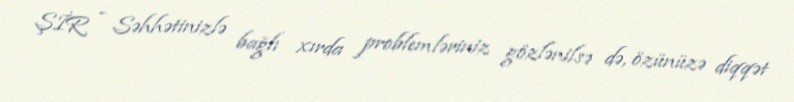
ŞİR - Səhhətinizlə bağlı xırda problemləriniz gözlənilsə də, özünüzə diqqət